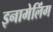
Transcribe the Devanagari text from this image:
इनामेलिंग